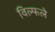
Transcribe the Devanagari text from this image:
विल्फले